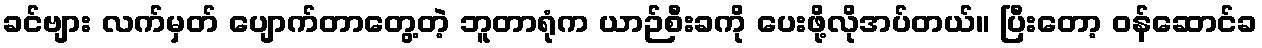
ခင်ဗျား လက်မှတ် ပျောက်တာတွေ့တဲ့ ဘူတာရုံက ယာဉ်စီးခကို ပေးဖို့လိုအပ်တယ်။ ပြီးတော့ ဝန်ဆောင်ခ